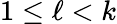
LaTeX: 1\leq\ell<k